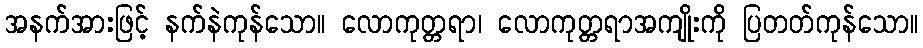
အနက်အားဖြင့် နက်နဲကုန်သော။ လောကုတ္တရာ၊ လောကုတ္တရာအကျိုးကို ပြတတ်ကုန်သော။